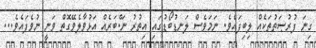
ގިނަ ފުރުޞަތުތަކެއް ލިބިފައެވެ. ނަމަވެސް ލަނޑުބޯޑުގައި އިތުރު ނަ.ްބަރެއް އަޅުވާލެވޭގޮތް ވަނީ ނުވެފައެވެ...